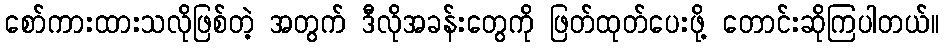
စော်ကားထားသလိုဖြစ်တဲ့ အတွက် ဒီလိုအခန်းတွေကို ဖြတ်ထုတ်ပေးဖို့ တောင်းဆိုကြပါတယ်။